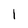
Character: 1